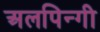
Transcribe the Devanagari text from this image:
अलपिन्गी